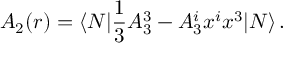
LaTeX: A _ { 2 } ( r ) = \langle N | { \frac { 1 } { 3 } } A _ { 3 } ^ { 3 } - A _ { 3 } ^ { i } x ^ { i } x ^ { 3 } | N \rangle \, .